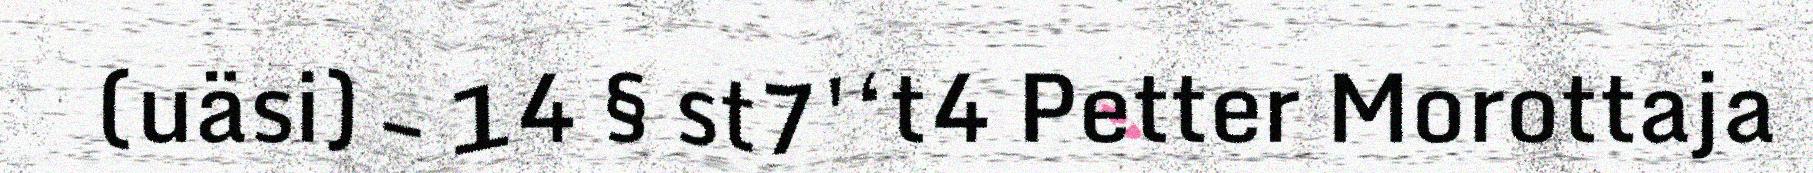
(uäsi) – 14 § st7'‘t4 Petter Morottaja